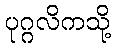
ပုဂ္ဂလိကသို့